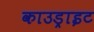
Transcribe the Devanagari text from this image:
काउड्राइट